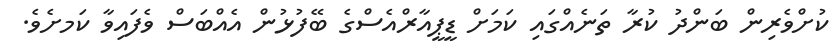
ކުށްވެރިން ބަންދު ކުރާ ތަނެއްގައި ކަމަށް ޑީޕީއާރްއެސްގެ ބޭފުޅުން އެއްބަސް ވެފައިވާ ކަމށެވެ.